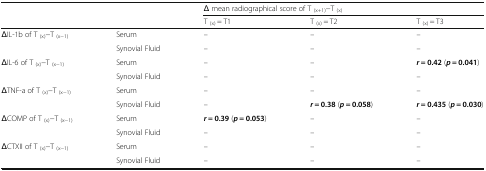
| <ROWSPAN=2-COLSPAN=2>  | <COLSPAN=3> Δ mean radiographical score of T (x+1)−T (x) |
 | T (x) = T1 | T (x) = T2 | T (x) = T3 |
 | --- | --- | --- | --- | --- |
 | <ROWSPAN=2> ΔIL-1b of T (x)−T (x−1) | Serum | – | – | – |
 | Synovial Fluid | – | – | – |
 | <ROWSPAN=2> ΔIL-6 of T (x)−T (x−1) | Serum | – | – | r = 0.42 (p = 0.041) |
 | Synovial Fluid | – | – | – |
 | <ROWSPAN=2> ΔTNF-a of T (x)−T (x−1) | Serum | – | – | – |
 | Synovial Fluid | – | r = 0.38 (p = 0.058) | r = 0.435 (p = 0.030) |
 | <ROWSPAN=2> ΔCOMP of T (x)−T (x−1) | Serum | r = 0.39 (p = 0.053) | – | – |
 | Synovial Fluid | – | – | – |
 | <ROWSPAN=2> ΔCTXII of T (x)−T (x−1) | Serum | – | – | – |
 | Synovial Fluid | – | – | – |